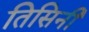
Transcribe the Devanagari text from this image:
तिसिनी